Vital statistics of India. Vol. IV, Annual returns from 1871 to 1876. British Army of India, Native Army and jails of Bengal
Year: 1871
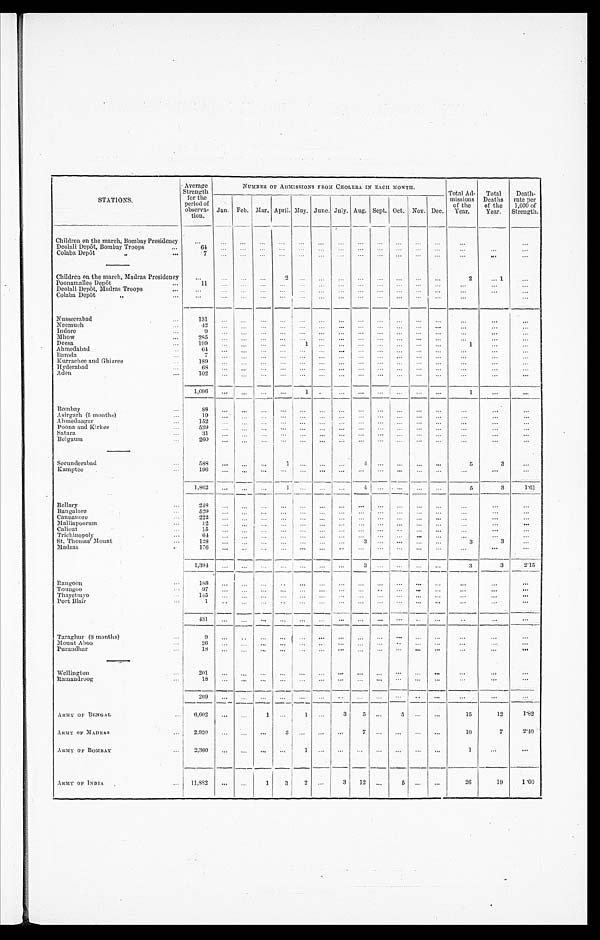
STATIONS.
Average
Strength f o r t h e p e r i o d o f o b s e r v a -
tion.
NUMBER OF ADMISSIONS FROM CHOLERA IN EACH MONTH.
Total Ad-
missions of the
Year.
Total
Deaths of the
Year.
Death-
rate per
1,000 of
Strength.
Jan. Feb. Mar. April. May. June. July. Aug. Sept. Oct. Nov. Dec.
Children on the march, Bombay Presidency
Deolali Depôt, Bombay Troops
64
Colaba Depôt „
7
Children on the march, Madras Presidency
2
2
1
Poonamallee Depôt
11
Deolali Depôt, Madras Troops
Colaba Depôt „
Nusseerabad
131
Neemuch
42
Indore
9
Mhow
285
Deesa
1 9 9
1
1
Ahmedabad
6 4
Baroda
7
Kurrachee and Ghizree
189
Hyderabad
6 8
Aden
102
1,096
1
1
Bombay
8 8
Asirgarh (5 months)
19
Ahmednagar
152
Poona and Kirkee
539
Satara
31
Belgaum
260
Secunderabad
588
1
4
5
3
Kamptee
196
1,862
1
4
5
3
1.61
Bellary
248
Bangalore
529
Cannanore
222
Malliapoorum
12
Calicut
15
Trichinopoly
6 4
St. Thomas' Mount
128
3
3 3
Madras
176
1, 394
3
3
3
2.15
Rangoon
1 8 8
Toungoo
97
Thayetmyo
145
Port Blair
1
431
Taraghur (8 months)
9
Mount Aboo
26
Purandhar
1 8
Wellington
201
Ramandroog
18
2 6 9
ARMY OF BENGAL 6,602
1
1
3 5
5
15
12
1. 82
ARMY OF MADRAS 2, 920
3
7
10
7
2 . 4 0
ARMY OF BOMBAY
2,360
1
1
ARMY OF INDIA
11,882
1 3
2
3 12
5
26
19
1.60